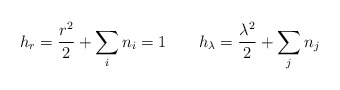
\begin{align*}h_{r} = \frac{r^{2}}{2} + \sum_{i} n_{i} = 1 ~~~~~~h_{\lambda} = \frac{\lambda^{2}}{2} + \sum_{j} n_{j}\end{align*}